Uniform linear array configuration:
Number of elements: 8
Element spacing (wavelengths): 1
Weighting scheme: uniform
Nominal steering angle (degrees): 60
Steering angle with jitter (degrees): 60.37
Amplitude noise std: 0.05
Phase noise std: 0.05

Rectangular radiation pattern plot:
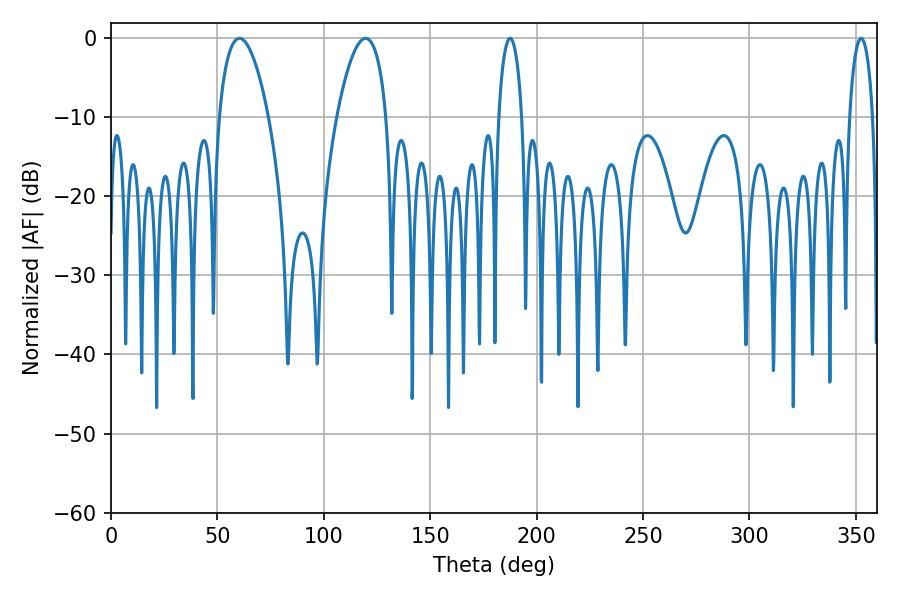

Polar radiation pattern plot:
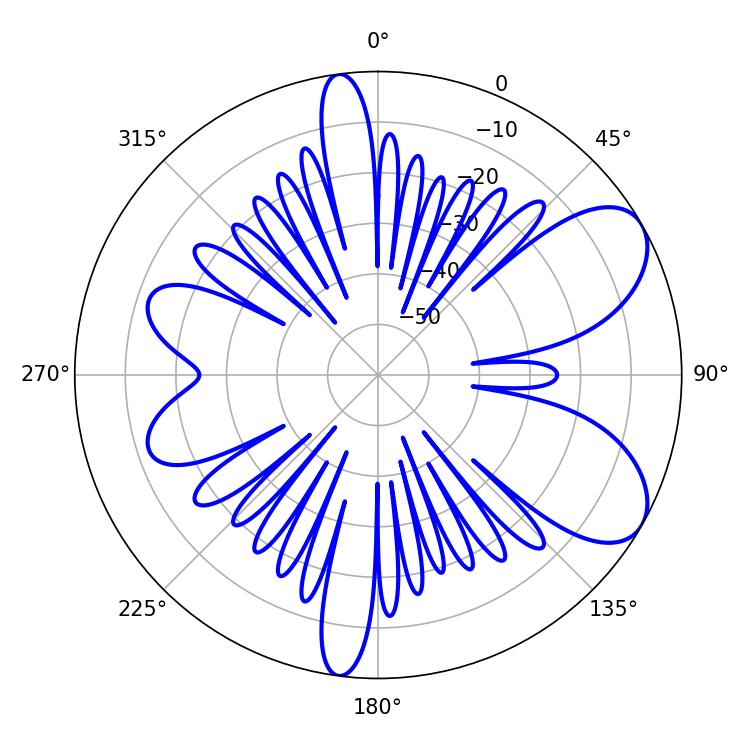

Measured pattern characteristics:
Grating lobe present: TRUE
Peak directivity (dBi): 7.407
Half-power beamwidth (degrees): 12.96
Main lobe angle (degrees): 60.3